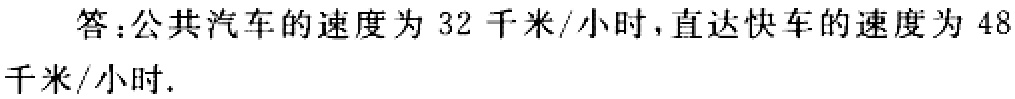
答：公共汽车的速度为 \(32\) 千米/小时，直达快车的速度为 \(48\) 千米/小时.